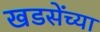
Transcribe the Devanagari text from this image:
खडसेंच्या